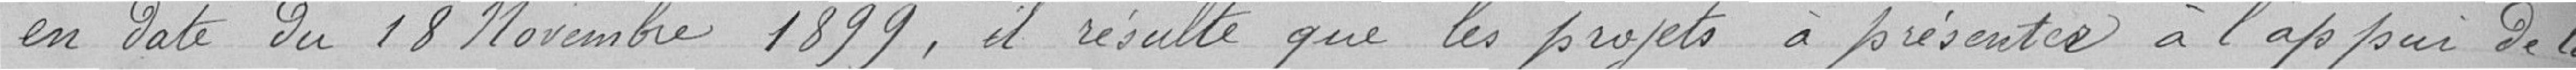
en date du 18 novembre 1899, et résulte que les projets à présenter à la appui de la